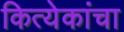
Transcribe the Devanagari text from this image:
कित्येकांचा